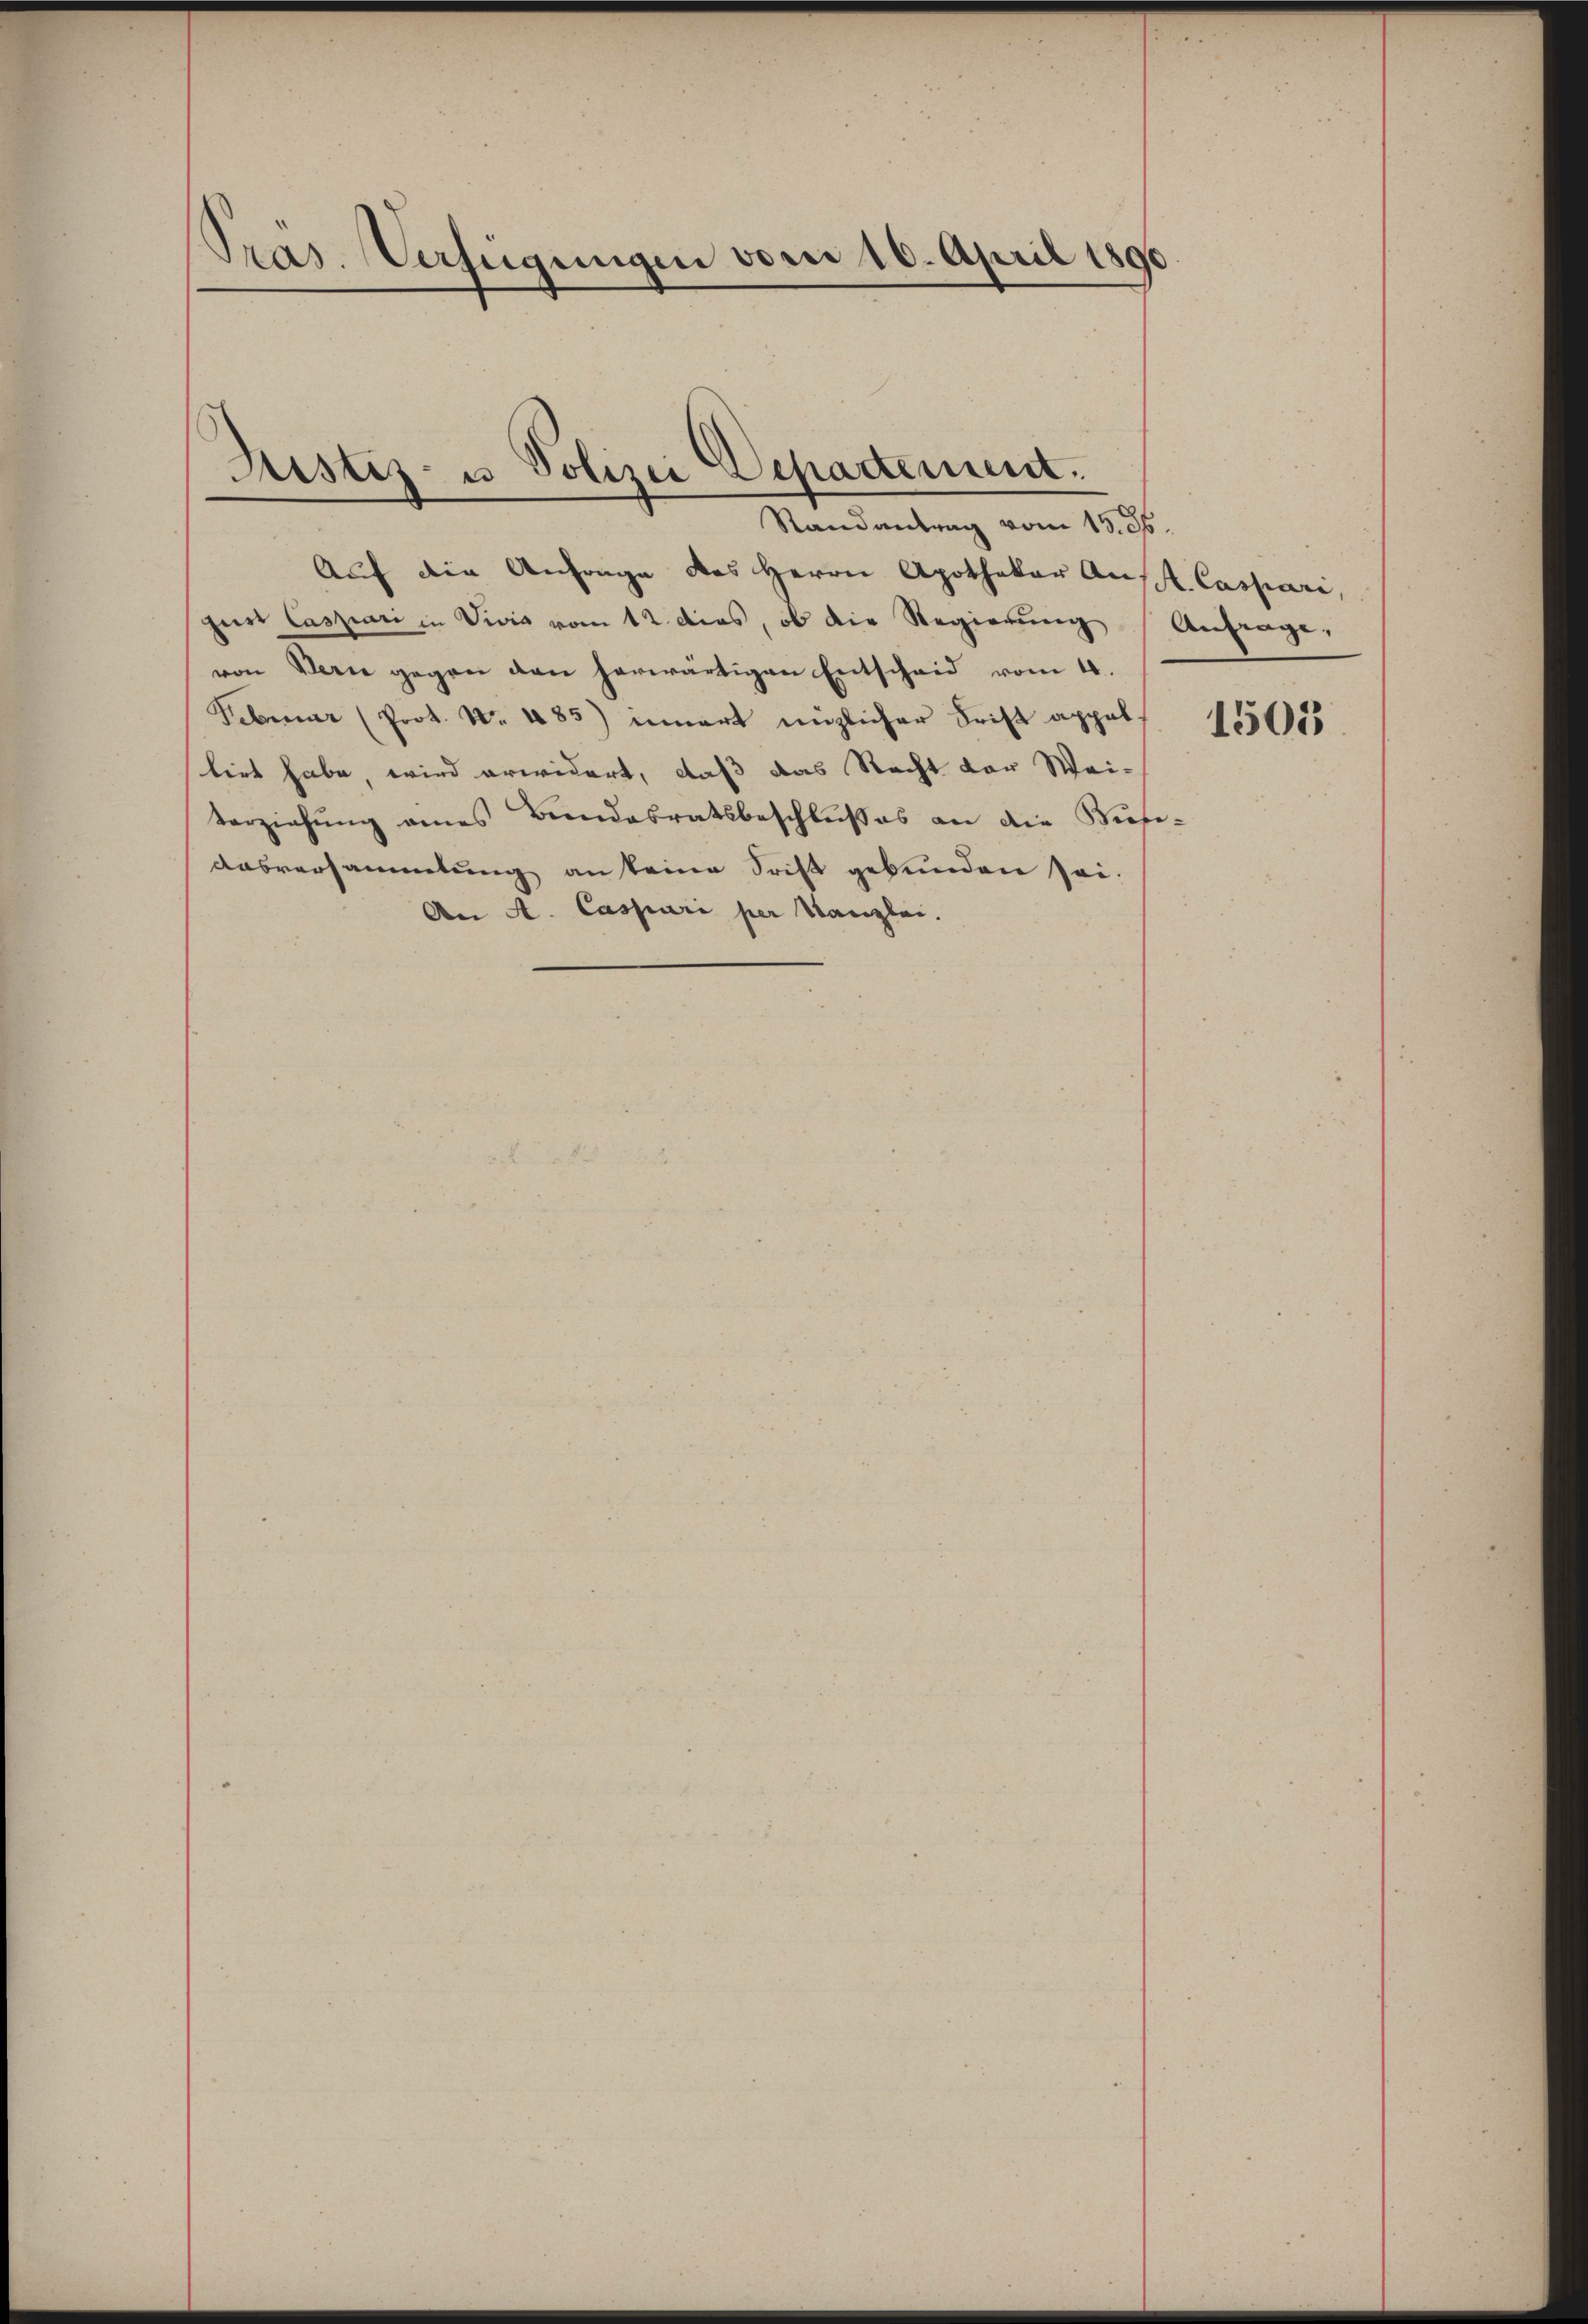
Präs. Verfügungen vom 16. April 1890

Justiz- u Polizei Depadement.
Randantrag vom 15. 36.

Auf die Anfrage des Herrn Apothekar Aufl. Caspari,
pur Caszari in Vivis vom 12. dies, ob die Regierung (Anfrage,
von Serie gegen den herwärtigen Entscheid vom 4.
Februar (Prot. Nr. 483) innert möglicher Frist appel-
liet habe, wird erwidert, daß das Recht der Wei¬
Verziehung eines Bundesratsbeschlußes an die Kiefe¬
Ausversammlung an keine Frist gebunden sei.
An A. Caspari per Kanzlei.

1501